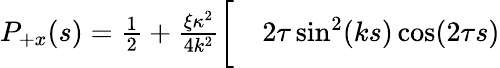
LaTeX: \begin{array}{rl}{P_{+x}(s)=\frac{1}{2}+\frac{\xi\kappa^{2}}{4k^{2}}\bigg[}&{{}2\tau\sin^{2}(ks)\cos(2\tau s)}\end{array}